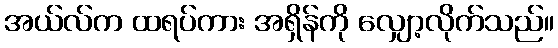
အယ်လ်က ထရပ်ကား အရှိန်ကို လျှော့လိုက်သည်။